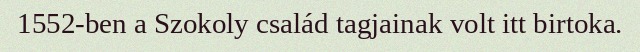
1552-ben a Szokoly család tagjainak volt itt birtoka.